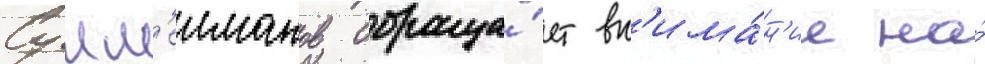
Сулм'еиманов обраща́ет вн'има́н'ие на́